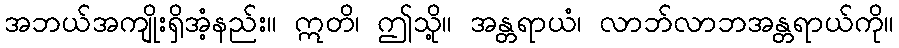
အဘယ်အကျိုးရှိအံ့နည်း။ ဣတိ၊ ဤသို့။ အန္တရာယံ၊ လာဘ်လာဘအန္တရာယ်ကို။